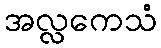
အလ္လကေသံ